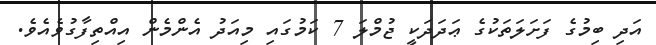
އަދި ބިމުގެ ފަށަލަތަކުގެ ޢަދަދަކީ ޖުމްލަ 7 ކަމުގައި މިއަދު އެންމެން އިއްތިފާގުވެއެވެ.